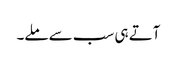
آتے ہی سب سے ملے۔